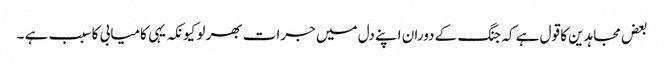
بعض مجاہدین کا قول ہے کہ جنگ کے دوران اپنے دل میں جرات بھر لو کیونکہ یہی کامیابی کا سبب ہے ۔